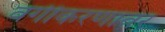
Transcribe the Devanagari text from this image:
वर्गीकरणावर